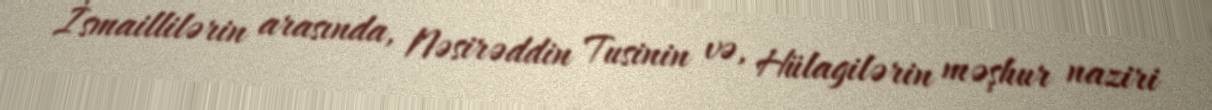
İsmaillilərin arasında, Nəsirəddin Tusinin və, Hülagilərin məşhur naziri